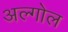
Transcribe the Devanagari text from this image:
अल्गोल